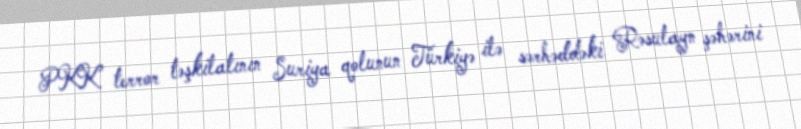
PKK terror təşkilatının Suriya qolunun Türkiyə ilə sərhəddəki Rəsulayn şəhərini